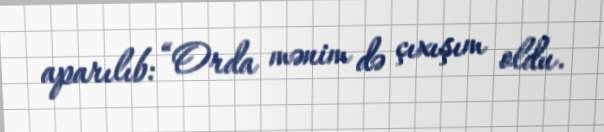
aparılıb: “Orda mənim də çıxışım oldu.